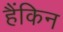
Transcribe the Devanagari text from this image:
हैंकिन